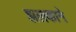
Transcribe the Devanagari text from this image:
झलकाने